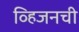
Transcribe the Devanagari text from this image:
व्हिजनची